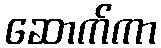
ဆောက်ကာ